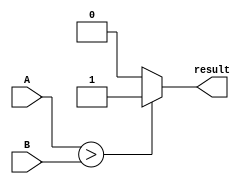
module comparator (
    input signed [7:0] A,
    input signed [7:0] B,
    output reg result
);

always @* begin
    if (A > B) begin
        result = 1'b1; // A is greater than B
    end else if (A < B) begin
        result = 1'b0; // A is less than B
    end else begin
        result = 1'b0; // A is equal to B
    end
end

endmodule